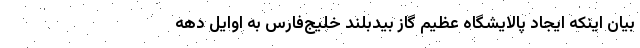
بیان اینکه ایجاد پالایشگاه عظیم گاز بیدبلند خلیج‌فارس به اوایل دهه